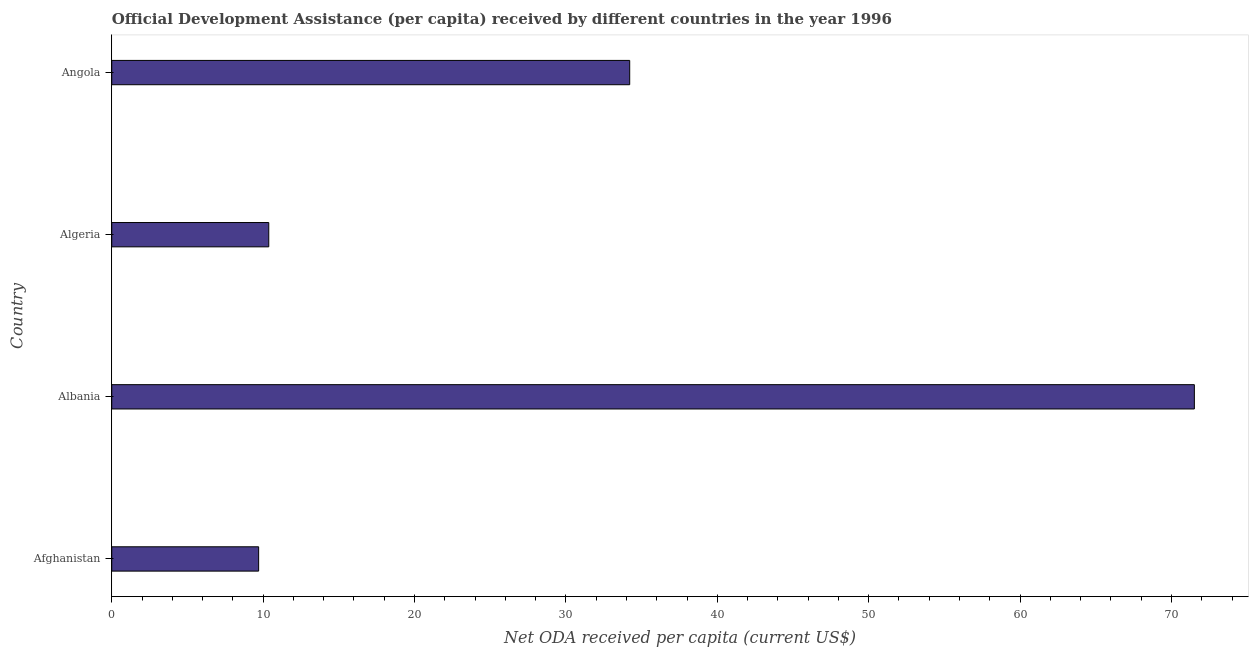
| Country | Net ODA received per capita |
 | --- | --- |
 | Afghanistan | 9.7 |
 | Albania | 71.5 |
 | Algeria | 10.4 |
 | Angola | 34.2 |